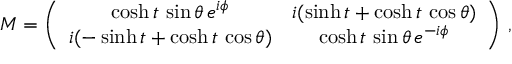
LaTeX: M = \left( \begin{array} { c c } { { \cosh t \, \sin \theta \, e ^ { i \phi } } } & { { i ( \sinh t + \cosh t \, \cos \theta ) } } \\ { { i ( - \sinh t + \cosh t \, \cos \theta ) } } & { { \cosh t \, \sin \theta \, e ^ { - i \phi } } } \end{array} \right) \, ,